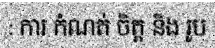
: ការ កំណត់ ចិត្ត និង រូប